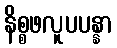
နိစ္စဖလူပပန္နာ